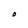
Character: O